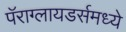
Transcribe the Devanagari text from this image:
पॅराग्लायडर्समध्ये